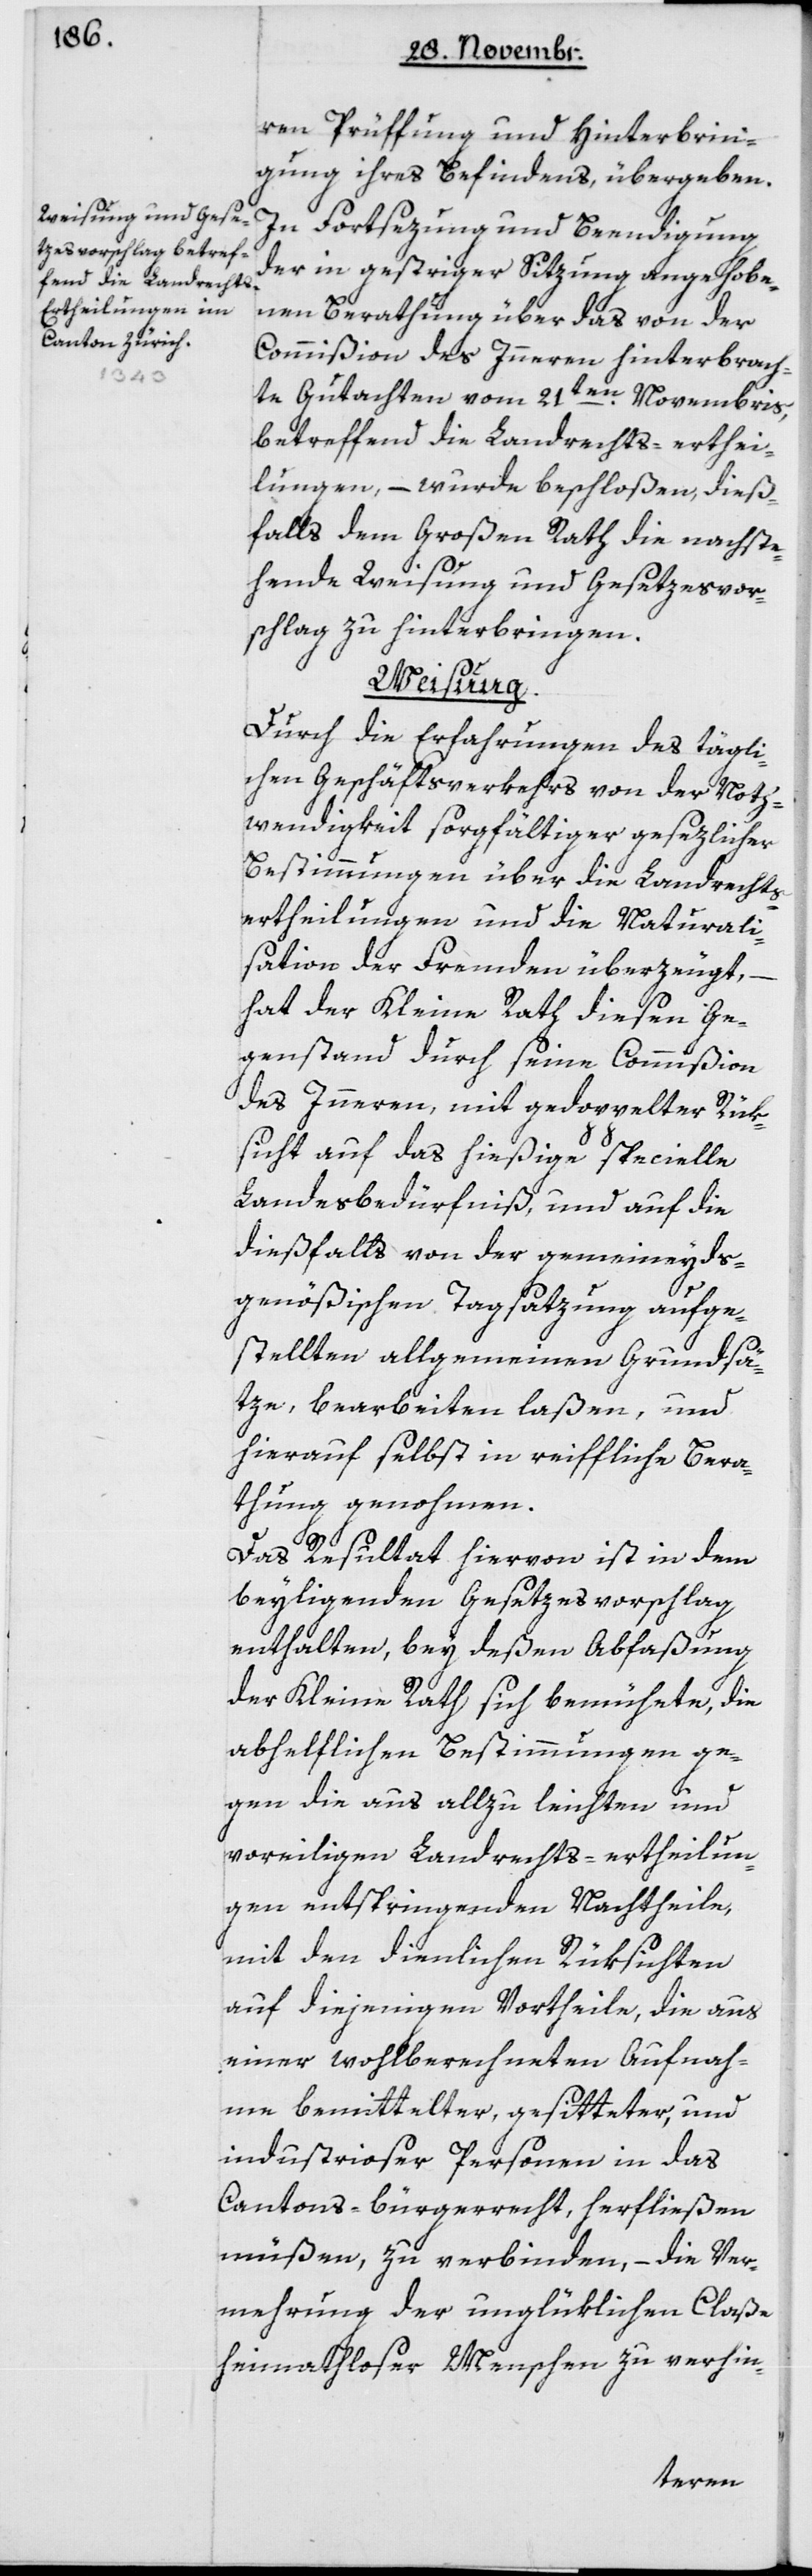
ren Prüffung und Hinterbrin¬
gung ihres Befindens übergeben.
In Fortsezung und Beendigung
der in gestriger Sitzung angehobe¬
nen Berathung über das von der
Commißion des Innern hinterbrach¬
te Gutachten vom 21ten Novembris,
betreffend die Landrechts-Erthei¬
lungen, – wurde beschloßen, dieß¬
falls dem Großen Rath die nachste¬
hende Weisung und Gesetzesvor¬
schlag zu hinterbringen.
Weisung.
Durch die Erfahrungen des tägli¬
chen Geschäftsverkehrs von der Noth¬
wendigkeit sorgfältiger gesezlicher
Bestimmungen über die Landrechts¬
ertheilungen und die Naturali¬
sation der Fremden überzeugt, –
hat der Kleine Rath diesen Ge¬
genstand durch seine Commißion
des Innern, mit gedoppelter Rük¬
sicht auf das hießige specielle
Landesbedürfniß, und auf die
dießfalls von der gemeineyds¬
genößischen Tagsatzung aufge¬
stellten allgemeinen Grundsä¬
tze, bearbeiten laßen, und
hierauf selbst in reiffliche Bera¬
thung genohmen.
Das Resultat hiervon ist in dem
beyliegenden Gesetzesvorschlag
enthalten, bey deßen Abfaßung
der Kleine Rath sich bemühete, die
abhelflichen Bestimmungen ge¬
gen die aus allzu leichten und
voreiligen Landrechts-ertheilun¬
gen entspringenden Nachtheile,
mit den dienlichen Rüksichten
auf diejenigen Vortheile, die aus
einer wohlberechneten Aufnah¬
me bemittelter, gesitteter und
industrioser Personen in das
Cantons-bürgerrecht herfließen
müßen, zu verbinden, – die Ver¬
mehrung der unglüklichen Claße
heimathloser Menschen zu verhin-